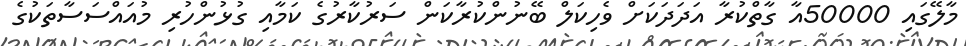
މާލޭގައި 50000އާ ގާތްކުރާ އަދަދަކަށް ވެހިކަލް ބޭނުންކުރާކަން ސަރުކާރުގެ ކަމާއި ގުޅުންހުރި މުއައްސަސާތަކުގެ